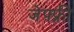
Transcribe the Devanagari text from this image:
जेफ़्फ़्री